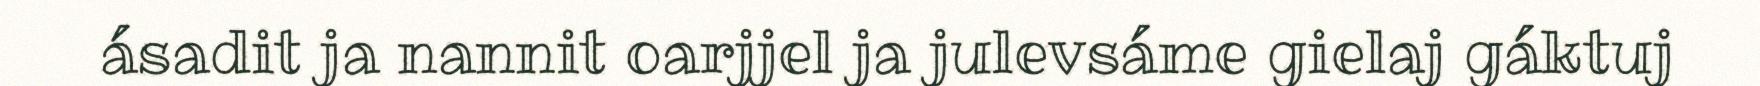
ásadit ja nannit oarjjel ja julevsáme gielaj gáktuj